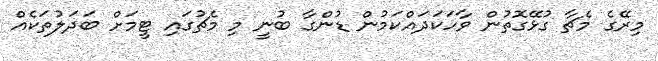
މިރޭގެ މެޗާ ގުޅޭގޮތުން ވާހަކަދައްކަމުން ޑުންގާ ބުނީ މި މެޗުގައި ޓީމަށް ބަދަލުތަކެއް